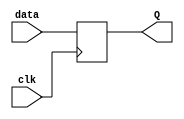
module level_sensitive_latch(
    input wire clk,
    input wire data,
    output reg Q
);

always @(posedge clk) begin
    Q <= data;
end

endmodule